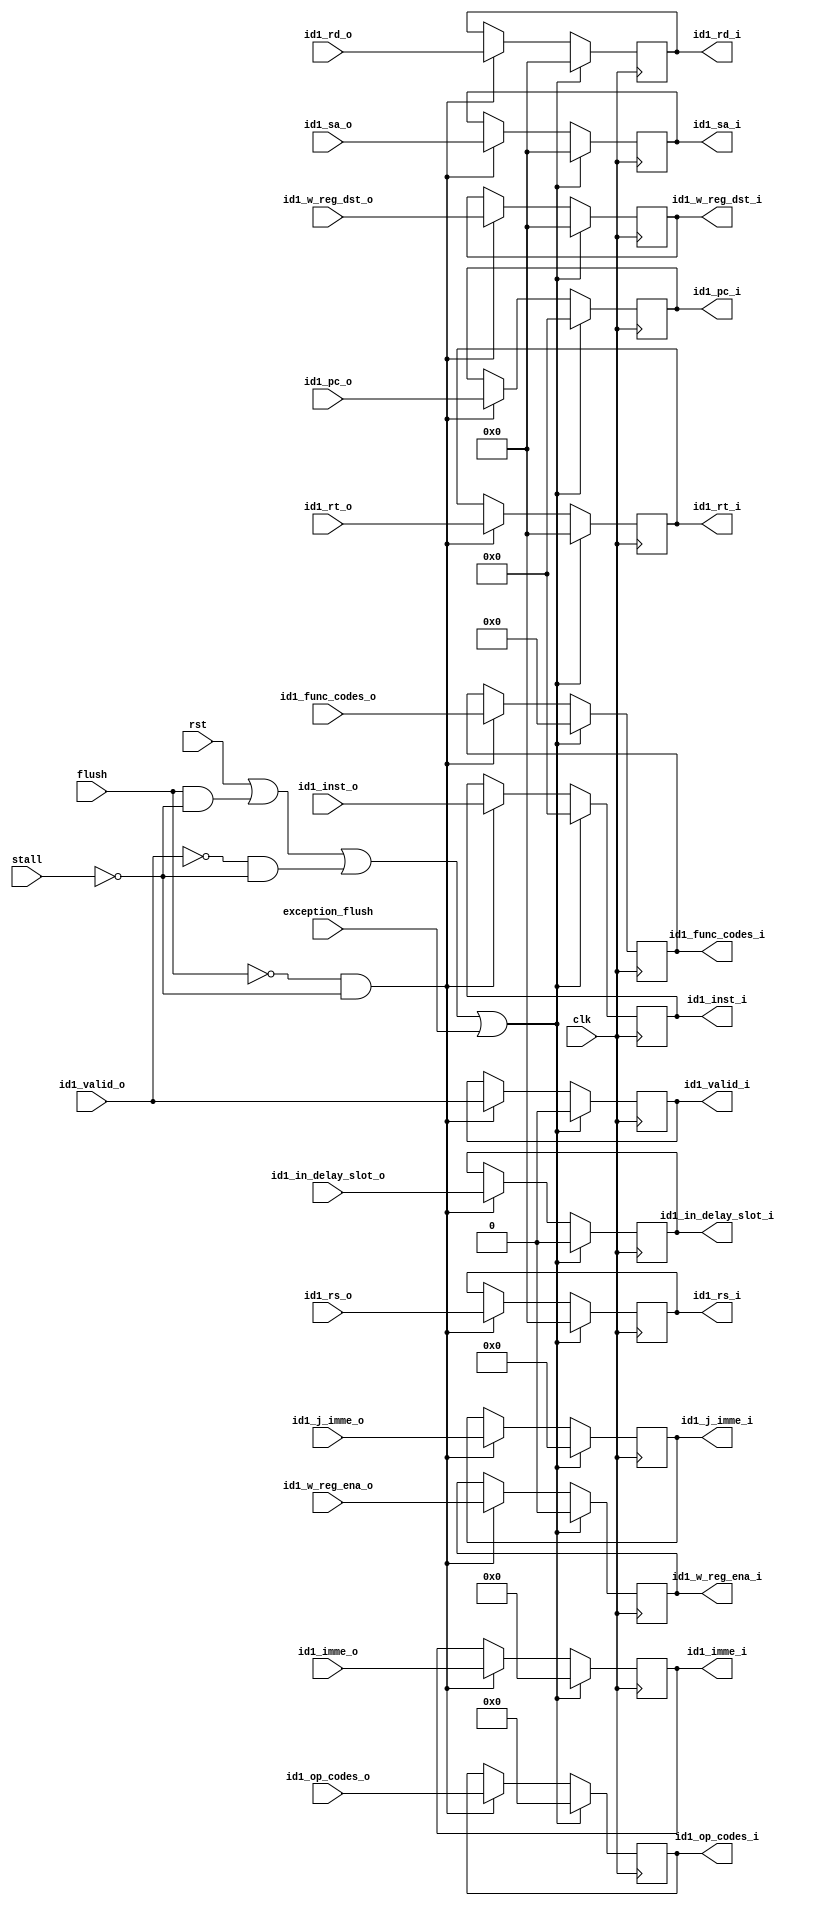
`timescale 1ns / 1ps

module issue_id2p (
    input   wire        clk,
    input   wire        rst,
    input   wire        flush,
    input   wire        exception_flush,
    input   wire        stall,

    input   wire        id1_valid_o,

    input   wire [30:0] id1_op_codes_o,
    input   wire [29:0] id1_func_codes_o,
    input   wire [31:0] id1_pc_o,
    input   wire [31:0] id1_inst_o,
    input   wire [4 :0] id1_rs_o,
    input   wire [4 :0] id1_rt_o,
    input   wire [4 :0] id1_rd_o,
    input   wire [4 :0] id1_sa_o,
    input   wire        id1_w_reg_ena_o,
    input   wire [4 :0] id1_w_reg_dst_o,
    input   wire [15:0] id1_imme_o,
    input   wire [25:0] id1_j_imme_o,
    input   wire        id1_in_delay_slot_o,

    output  reg         id1_valid_i,
    output  reg  [30:0] id1_op_codes_i,
    output  reg  [29:0] id1_func_codes_i,
    output  reg  [31:0] id1_pc_i,
    output  reg  [31:0] id1_inst_i,
    output  reg  [4 :0] id1_rs_i,
    output  reg  [4 :0] id1_rt_i,
    output  reg  [4 :0] id1_rd_i,
    output  reg  [4 :0] id1_sa_i,
    output  reg         id1_w_reg_ena_i,
    output  reg  [4 :0] id1_w_reg_dst_i,
    output  reg  [15:0] id1_imme_i,
    output  reg  [25:0] id1_j_imme_i,
    output  reg         id1_in_delay_slot_i
);

    always @(posedge clk) begin
        if (rst || (flush & !stall) || (!id1_valid_o & !stall) || exception_flush) begin
            id1_pc_i                <=  32'h0;
            id1_inst_i              <=  32'h0;
            id1_rs_i                <=  5'h0;
            id1_rt_i                <=  5'h0;
            id1_rd_i                <=  5'h0;
            id1_sa_i                <=  5'h0;
            id1_w_reg_ena_i         <=  1'b0;
            id1_w_reg_dst_i         <=  5'h0;
            id1_imme_i              <=  16'h0;
            id1_j_imme_i            <=  26'h0;
            id1_op_codes_i          <=  31'h0;
            id1_func_codes_i        <=  30'h0;
            id1_in_delay_slot_i     <=  1'h0;
            id1_valid_i             <=  1'b0;
        end else if (!flush & !stall) begin
            id1_pc_i                <=  id1_pc_o;
            id1_inst_i              <=  id1_inst_o;   
            id1_rs_i                <=  id1_rs_o;
            id1_rt_i                <=  id1_rt_o;
            id1_rd_i                <=  id1_rd_o;
            id1_sa_i                <=  id1_sa_o;   
            id1_w_reg_ena_i         <=  id1_w_reg_ena_o;        
            id1_w_reg_dst_i         <=  id1_w_reg_dst_o;        
            id1_imme_i              <=  id1_imme_o;
            id1_j_imme_i            <=  id1_j_imme_o;    
            id1_op_codes_i          <=  id1_op_codes_o;
            id1_func_codes_i        <=  id1_func_codes_o;
            id1_in_delay_slot_i     <=  id1_in_delay_slot_o;
            id1_valid_i             <=  id1_valid_o;
        end
    end
    
endmodule